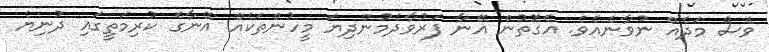
ވެސް މަދެއް ނުވާނެއެވެ. އެގޮތުން އޭނާ ފަރުވާދެމުންދިޔަ މީހުންތަކެއް އޭނާގެ ކުރިމަތީގައި ދުނިޔެ